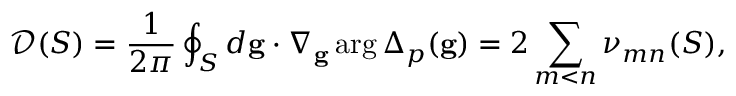
\mathcal { D } ( S ) = \frac { 1 } { 2 \pi } \oint _ { S } d \mathbf { g } \cdot \nabla _ { \mathbf { g } } \arg \Delta _ { p } ( \mathbf { g } ) = 2 \sum _ { m < n } \nu _ { m n } ( S ) ,